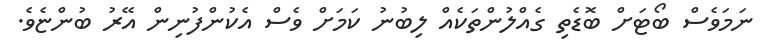
ނަމަވެސް ބޯޓަށް ބޮޑެތި ގެއްލުންތަކެއް ލިބުނު ކަމަށް ވެސް އެކުންފުނިން އޭރު ބުންޏެވެ.